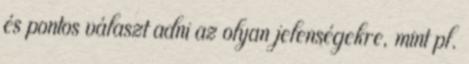
és pontos választ adni az olyan jelenségekre, mint pl.